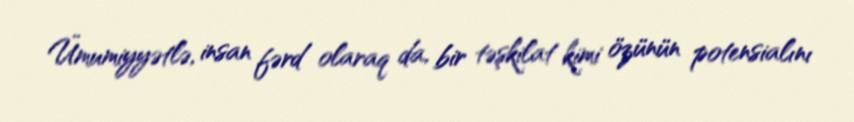
Ümumiyyətlə, insan fərd olaraq da, bir təşkilat kimi özünün potensialını